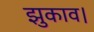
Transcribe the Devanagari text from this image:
झुकाव।